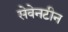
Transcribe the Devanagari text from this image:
सेवेनटीन